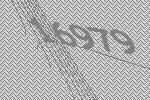
16979